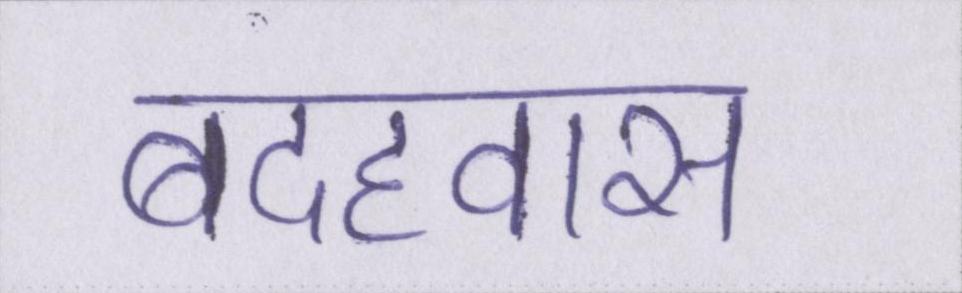
बदहवास